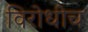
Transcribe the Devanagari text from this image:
विरोधीच